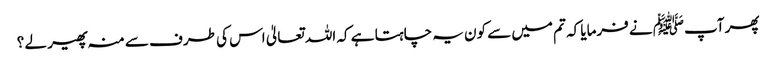
پھر آپﷺ نے فرمایا کہ تم میں سے کون یہ چاہتا ہے کہ اللہ تعالیٰ اس کی طرف سے منہ پھیر لے ؟